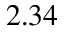
2 . 3 4